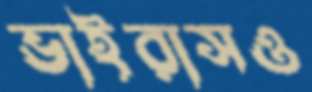
ভাইরাসও